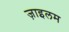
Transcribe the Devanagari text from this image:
ज़ाइलम